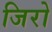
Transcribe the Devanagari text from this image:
जिरो